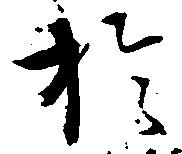
於